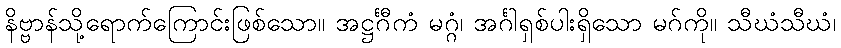
နိဗ္ဗာန်သို့ရောက်ကြောင်းဖြစ်သော။ အဋ္ဌင်္ဂီကံ မဂ္ဂံ၊ အင်္ဂါရှစ်ပါးရှိသော မဂ်ကို။ သီဃံသီဃံ၊